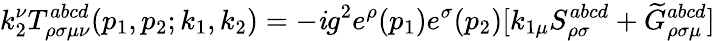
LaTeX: k_{2}^{\nu}T_{\rho\sigma\mu\nu}^{abcd}(p_{1},p_{2};k_{1},k_{2})=-\mathit{i}g^{2}e^{\rho}(p_{1})e^{\sigma}(p_{2})[k_{1\mu}S_{\rho\sigma}^{abcd}+\widetilde{{G}}_{\rho\sigma\mu}^{abcd}]